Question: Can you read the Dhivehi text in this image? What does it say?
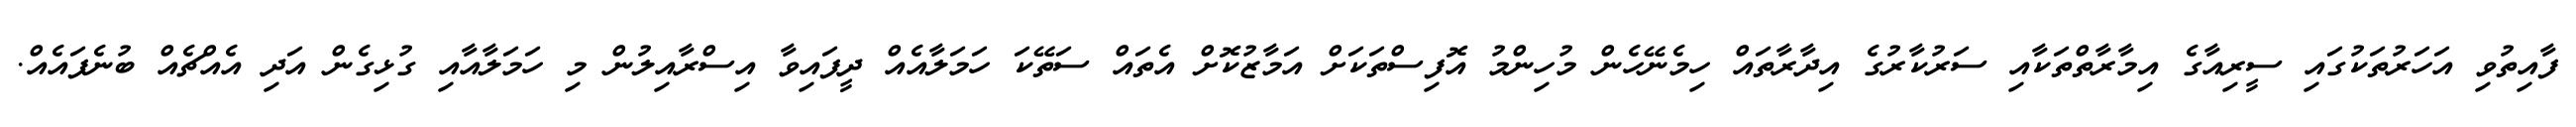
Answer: ފާއިތުވި އަހަރުތަކުގައި ސީރިއާގެ އިމާރާތްތަކާއި ސަރުކާރުގެ އިދާރާތައް ހިމެނޭހެން މުހިންމު އޮފިސްތަކަށް އަމާޒުކޮށް އެތައް ސަތޭކަ ހަމަލާއެއް ދީފައިވާ އިސްރާއިލުން މި ހަމަލާއާއި ގުޅިގެން އަދި އެއްޗެއް ބުނެފައެއް.